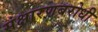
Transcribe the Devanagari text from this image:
संक्षारणबरोधी